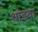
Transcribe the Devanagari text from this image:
थांडवा